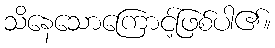
သိနေသောကြောင့်ဖြစ်ပါ၏။